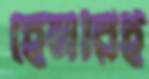
হেনরিই